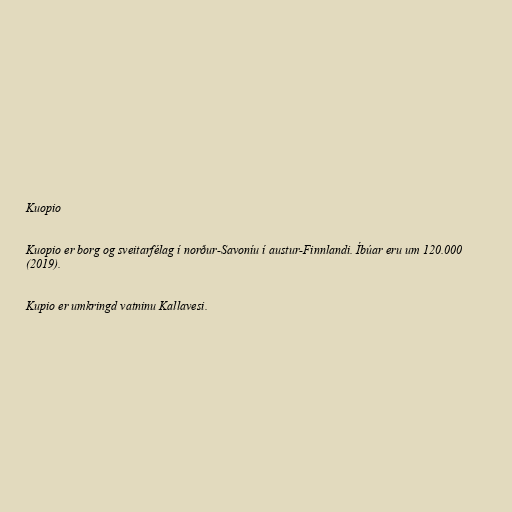
Kuopio

Kuopio er borg og sveitarfélag í norður-Savoníu í austur-Finnlandi. Íbúar eru um 120.000
(2019).

Kupio er umkringd vatninu Kallavesi.